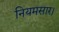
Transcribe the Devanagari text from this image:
नियमसार।